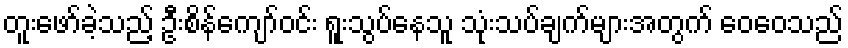
တူးဖော်ခဲ့သည့် ဦးစိန်ကျော်ဝင်း ရူးသွပ်နေသူ သုံးသပ်ချက်များအတွက် ဝေဝေသည်